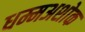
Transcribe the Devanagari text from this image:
धम्मअशोक